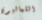
الشماليون